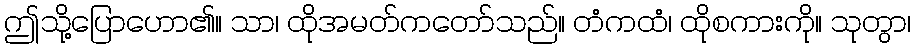
ဤသို့ပြောဟော၏။ သာ၊ ထိုအမတ်ကတော်သည်။ တံကထံ၊ ထိုစကားကို။ သုတွာ၊